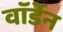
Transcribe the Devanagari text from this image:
वाॅर्डेन